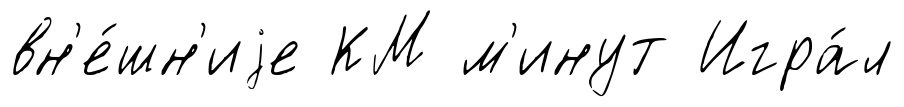
вн'е́шн'иjе КМ м'инут Игра́л